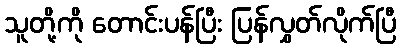
သူတို့ကို တောင်းပန်ပြီး ပြန်လွှတ်လိုက်ပြီ